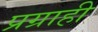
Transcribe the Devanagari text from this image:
प्रग्राही